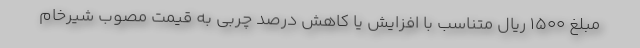
مبلغ ۱۵۰۰ ریال متناسب با افزایش یا کاهش درصد چربی به قیمت مصوب شیرخام